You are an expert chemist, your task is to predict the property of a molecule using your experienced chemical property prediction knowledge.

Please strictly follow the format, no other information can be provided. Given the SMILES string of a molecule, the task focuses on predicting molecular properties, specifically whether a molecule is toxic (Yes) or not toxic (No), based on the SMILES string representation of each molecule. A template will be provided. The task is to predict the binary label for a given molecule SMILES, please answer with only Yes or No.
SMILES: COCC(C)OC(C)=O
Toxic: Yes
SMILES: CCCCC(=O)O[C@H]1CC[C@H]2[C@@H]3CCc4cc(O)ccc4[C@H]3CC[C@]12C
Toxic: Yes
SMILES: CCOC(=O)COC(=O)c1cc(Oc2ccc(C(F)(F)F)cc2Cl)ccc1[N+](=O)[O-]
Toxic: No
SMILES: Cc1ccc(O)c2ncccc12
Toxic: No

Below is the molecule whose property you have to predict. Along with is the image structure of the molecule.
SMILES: O=C=NCCCCCCN=C=O
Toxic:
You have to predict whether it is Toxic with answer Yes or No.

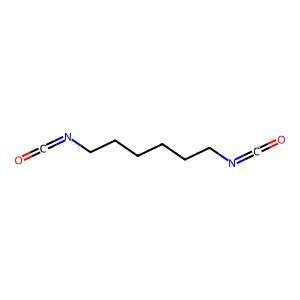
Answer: No